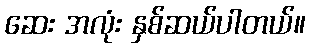
ဆေး အလုံး နှစ်ဆယ်ပါတယ်။